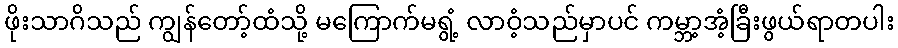
ဖိုးသာဂိသည် ကျွန်တော့်ထံသို့ မကြောက်မရွံ့ လာဝံ့သည်မှာပင် ကမ္ဘာ့အံ့ခြီးဖွယ်ရာတပါး